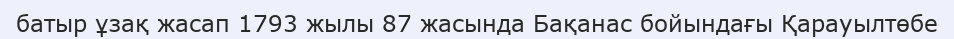
батыр ұзақ жасап 1793 жылы 87 жасында Бақанас бойындағы Қарауылтөбе